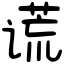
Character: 谎